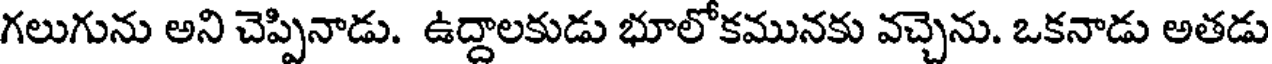
గలుగును అని చెప్పినాడు. ఉద్దాలకుడు భూలోకమునకు వచ్చెను. ఒకనాడు అతడు